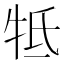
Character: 牴